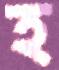
হ